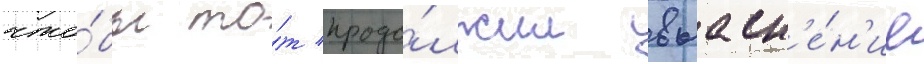
что́бы то́т продо́лжил выасн'е́н'ие